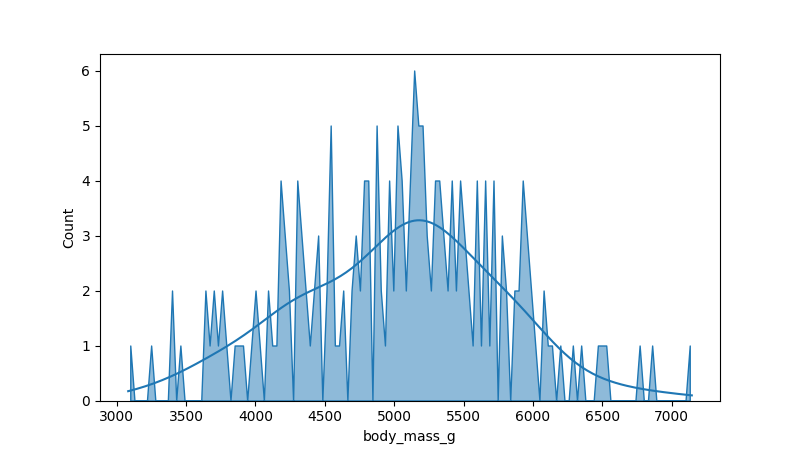
python, seaborn, histplot, hue='all', binwidth=30, bins='20', element='poly'